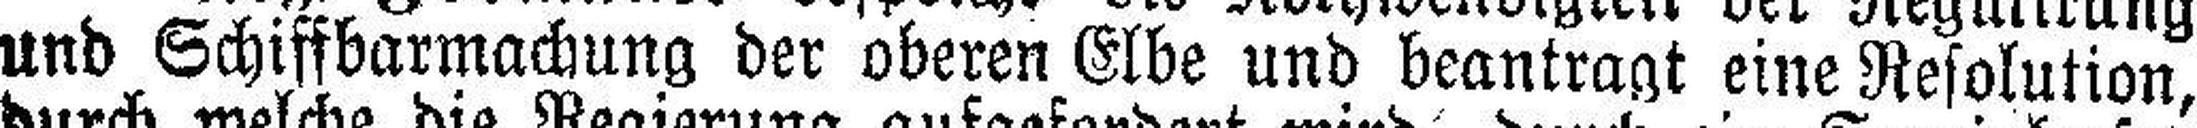
und Schiffbarmachung der oberen Elbe und beantragt eine Resolution,